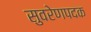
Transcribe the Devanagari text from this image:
सुवरेणपदक